Scientific memoirs by medical officers of the Army of India - Part V,
Year: 1890
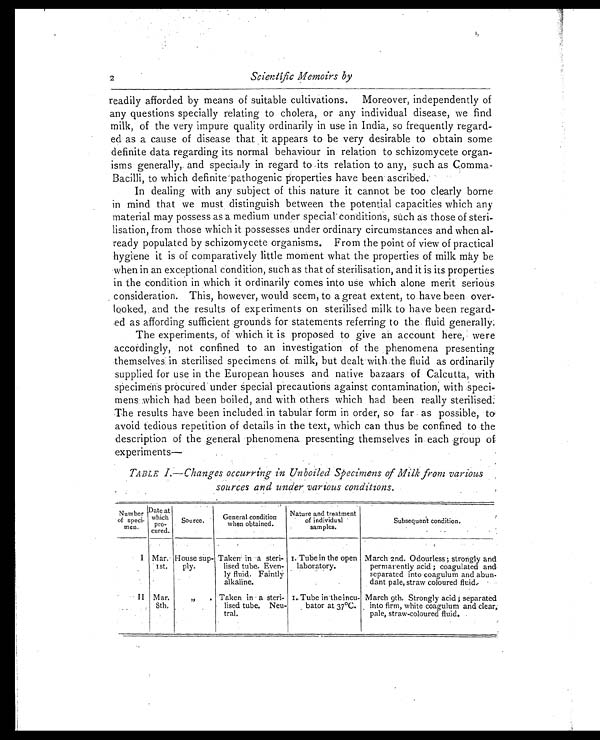
2
Scientific Memoirs by
readily afforded by means of suitable cultivations. Moreover, independently of
any questions specially relating to cholera, or any individual disease, we find
milk, of the very impure quality ordinarily in use in India, so frequently regard-
ed as a cause of disease that it appears to be very desirable to obtain some
definite data regarding its normal behaviour in relation to schizomycete organ-
isms generally, and specially in regard to its relation to any, such as comma-
Bacilli, to which definite pathogenic properties have been ascribed.
In dealing with any subject of this nature it cannot be too clearly borne
in mind that we must distinguish between the potential capacities which any
material may possess as a medium under special conditions, such as those of steri-
lisation, from those which it possesses under ordinary circumstances and when al-
ready populated by schizomycete organisms. From the point of view of practical
hygiene it is of comparatively little moment what the properties of milk may be
when in an exceptional condition, such as that of sterilisation, and it is its properties
in the condition in which it ordinarily comes into use which alone merit serious
consideration. This, however, would seem, to a great extent, to have been over-
looked, and the results of experiments on sterilised milk to have been regard-
ed as affording sufficient grounds for statements referring to the fluid generally.
The experiments, of which it is proposed to give an account here, were
accordingly, not confined to an investigation of the phenomena presenting
themselves in sterilised specimens of milk, but dealt with the fluid as ordinarily
supplied for use in the European houses and native bazaars of Calcutta, with
specimen's procured under Special precautions against contamination; with speci-
mens which had been boiled, and with others which had been really sterilised:
The results have been included in tabular form in order, so far as possible, to
avoid tedious repetition of details in the text, which can thus be confined to the
description of the general 'phenomena presenting themselves in each group of
experiments
TABLE I. — Changes occurring in Unboiled Specimens of Milk from various
sources and under various conditions.
Number
of speci-
men.
Date at
which
pro-
cured.
S o u r c e .
General condition
when obtained.
Nature and treatment
of individual
samples.
Subsequent condition.
I Mar.
1st.
House sup-
ply.
Taken' in a steri-
lised tube. Even-
ly fluid. Faintly
alkaline.
I Tube in the open
laboratory.
March 2nd. Odourless; strongly and
permarently acid ; coagulated and
separated into coagulum and abun -
dant pale, straw coloured fluid.
II Mar.
8th.
„
. Taken in a steri-
lised tube. Neu-
tral.
I. Tube in the incu
-
bator at 37°C.
March 9th. Strongly acid ; separated
into firm, white coagulum and clear,
pale, straw-coloured fluid.